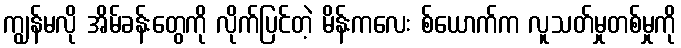
ကျွန်မလို အိမ်ခန်းတွေကို လိုက်ပြင်တဲ့ မိန်းကလေး စ်ယောက်က လူသတ်မှုတစ်မှုကို